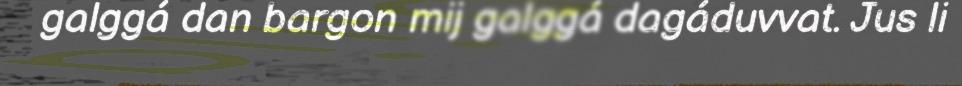
galggá dan bargon mij galggá dagáduvvat. Jus li